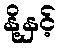
နို့နှင့်